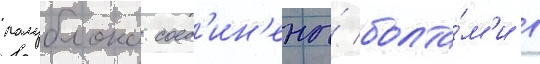
полублока соед'ин'ены́ болта́м'и в